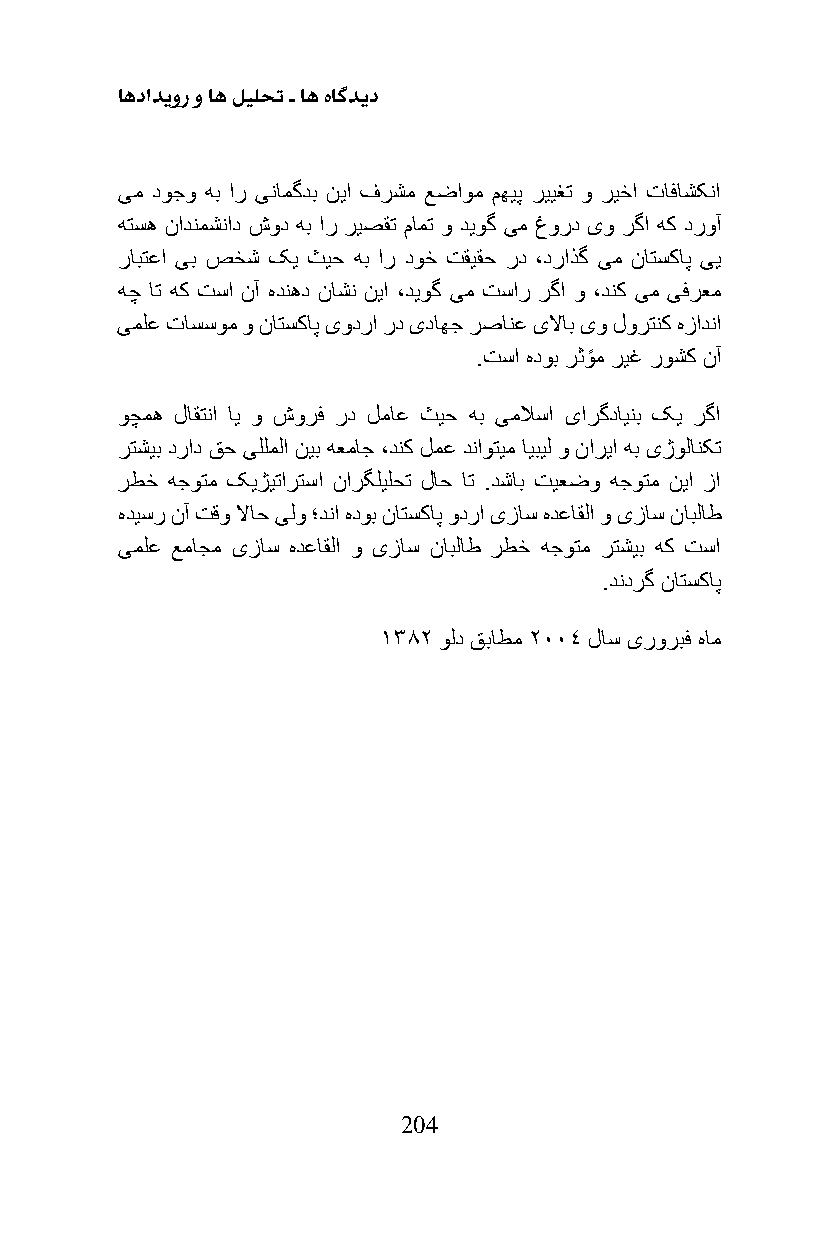
اهدادیور و اه لیلحت ـ اه هاگدید
 یم دوجو هب ار ینامگدب نیا فرشم عضاوم مهیپ رییغت و ریخا تافاشکنا
 هتسه نادنمشناد شود هب ار ریصقت مامت و دیوگ یم غورد یو رگا هک دروآ
 رابتعا یب صخش کی ثیح هب ار دوخ تقیقح رد ،دراذگ یم ناتسکاپ یی
 هچ ات هک تسا نآ هدنهد ناشن نیا ،دیوگ یم تسار رگا و ،دنک یم یفرعم
 یملع تاسسوم و ناتسکاپ یودرا رد یداهج رصانع یلااب یو لورتنک هزادنا
 .تسا هدوب رثو م ریغ روشک نآ
 وچمه لاقتنا ای و شورف رد لماع ثیح هب یملاسا یارگداینب کی رگا
 رتشیب دراد قح یللملا نیب هعماج ،دنک لمع دناوتیم ایبیل و ناریا هب یژولانکت
 رطخ هجوتم کیژیتارتسا نارگلیلحت لاح ات .دشاب تیعضو هجوتم نیا زا
 هدیسر نآ تقو لااح یلو ؛دنا هدوب ناتسکاپ ودرا یزاس هدعاقلا و یزاس نابلاط
 یملع عماجم یزاس هدعاقلا و یزاس نابلاط رطخ هجوتم رتشیب هک تسا
 .دندرگ ناتسکاپ
 1382 ولد قباطم 2004 لاس یروربف هام
 204